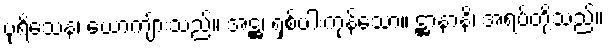
ပုရိသေန၊ ယောကျ်ားသည်။ အဋ္ဌ၊ ရှစ်ပါးကုန်သော။ ဋ္ဌာနာနိ၊ အရပ်တို့သည်။